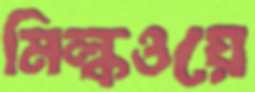
মিল্কওয়ে